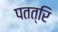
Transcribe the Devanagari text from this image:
पतत्रि